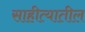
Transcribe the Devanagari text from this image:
साहीत्यातील